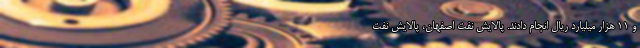
و ۱۱ هزار میلیارد ریال انجام دادند. پالایش نفت اصفهان، پالایش نفت